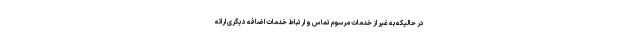
در حالیکه به غیر از خدمات مرسوم تماس و ارتباط خدمات اضافه دیگری ارائه